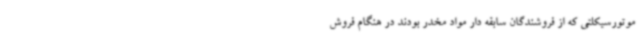
موتورسیکلتی که از فروشندگان سابقه دار مواد مخدر بودند در هنگام فروش